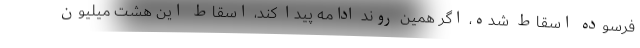
فرسوده اسقاط شده، اگر همین روند ادامه پیدا کند، اسقاط این هشت میلیون